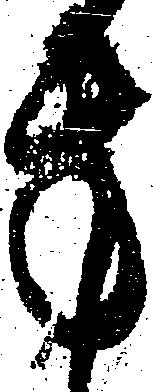
方